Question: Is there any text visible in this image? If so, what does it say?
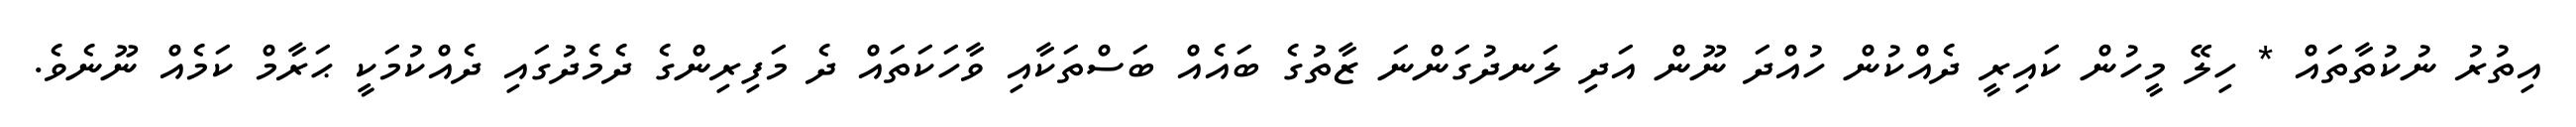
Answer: އިތުރު ނުކުތާތައް * ހިލޭ މީހުން ކައިރީ ދެއްކުން ހުއްދަ ނޫން އަދި ލަނދުގަންނަ ޒާތުގެ ބައެއް ބަސްތަކާއި ވާހަކަތައް ދެ މަފިރިންގެ ދެމެދުގައި ދެއްކުމަކީ ޙަރާމް ކަމެއް ނޫނެވެ.